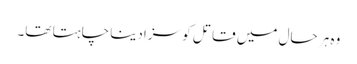
وہ ہر حال میں قاتل کو سزادینا چاہتا تھا۔